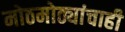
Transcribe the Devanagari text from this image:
मोठमोठ्यांचाही